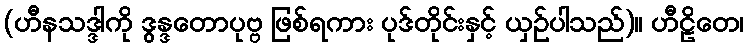
(ဟီနသဒ္ဒါကို ဒွန္ဒတောပုဗ္ဗ ဖြစ်ရကား ပုဒ်တိုင်းနှင့် ယှဉ်ပါသည်)။ ဟီဠိတေ၊